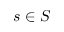
s \in S